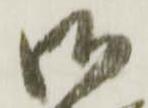
御